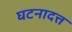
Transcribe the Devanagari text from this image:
घटनादत्त